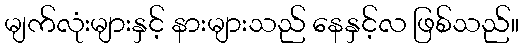
မျက်လုံးများနှင့် နားများသည် နေနှင့်လ ဖြစ်သည်။